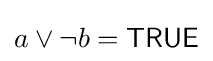
a\lor \neg b={\textsf {TRUE}}